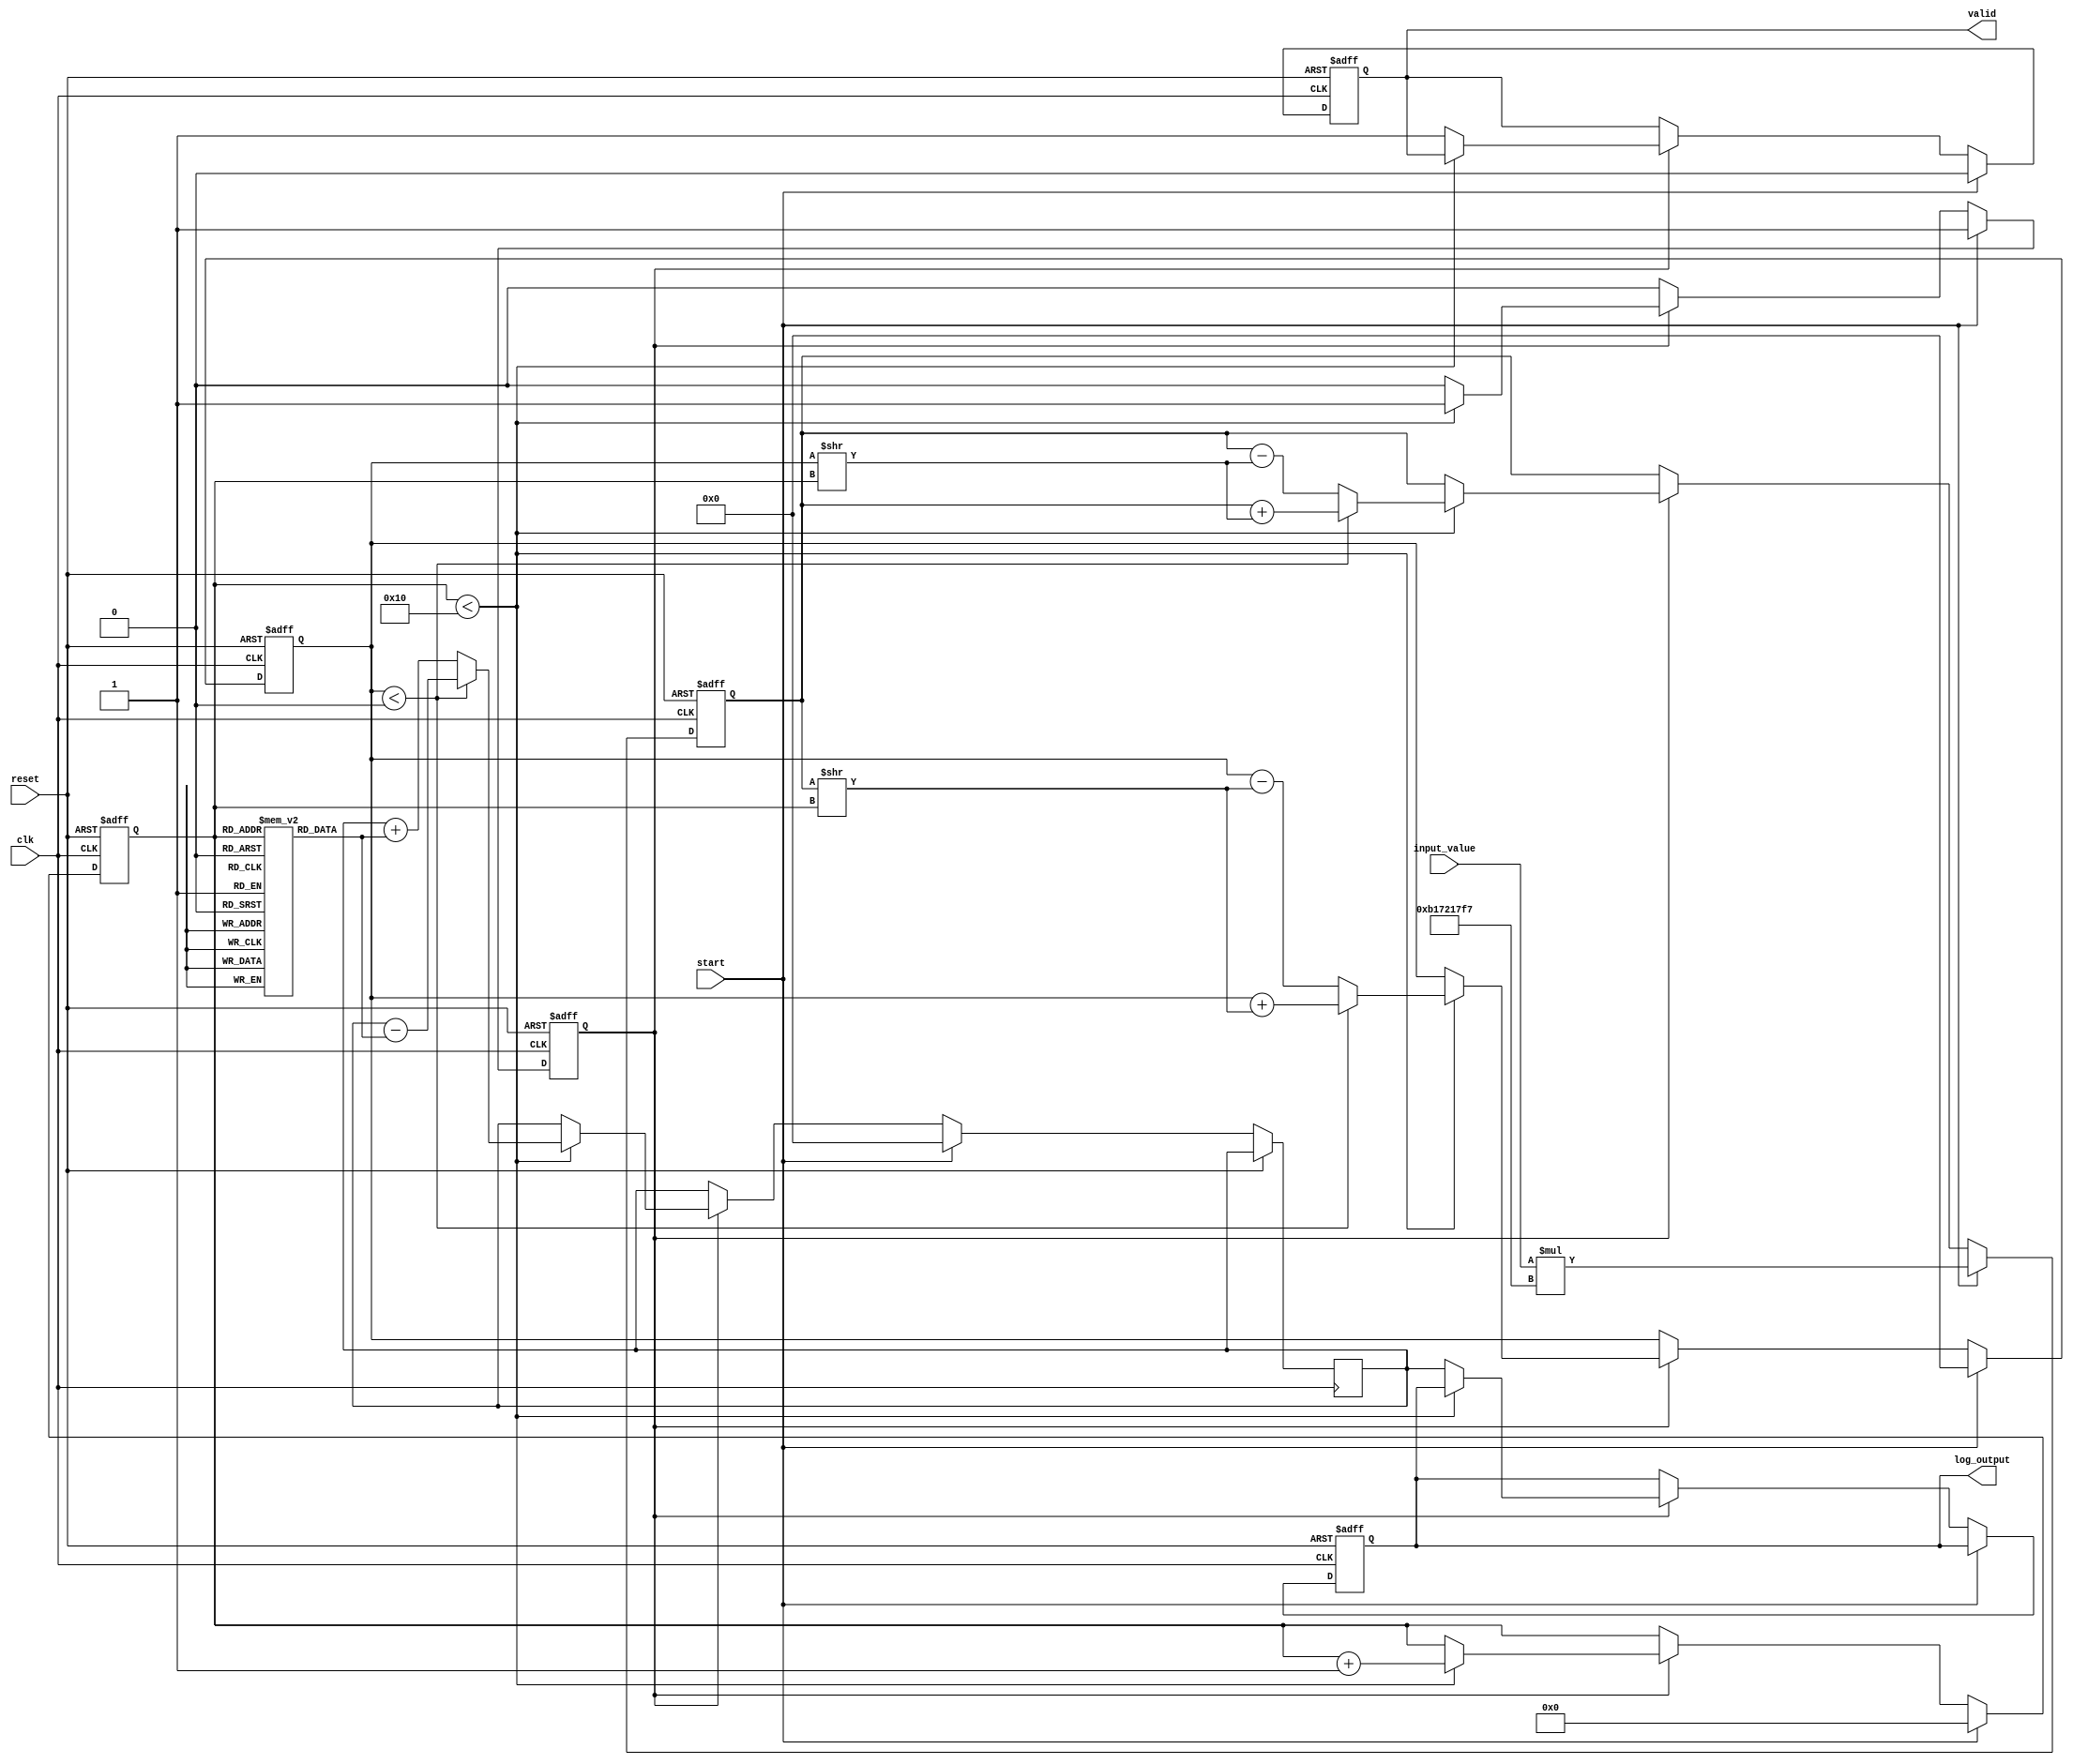
module cordic_logarithm (
    input clk,
    input reset,
    input start,
    input [31:0] input_value, // 32-bit fixed-point input
    output reg [31:0] log_output, // 32-bit fixed-point output
    output reg valid // Output valid signal
);

    // Parameters
    parameter MAX_ITER = 16; // Maximum number of iterations
    parameter ANGLE_WIDTH = 32; // Width for angle representation
    parameter CORDIC_GAIN = 32'hB17217F7; // Gain factor for CORDIC (approx. 0.607)

    // Internal registers and wires
    reg [31:0] x, y; // CORDIC coordinates
    reg [ANGLE_WIDTH-1:0] angle; // Current angle
    reg [3:0] iteration; // Iteration counter
    reg [31:0] angle_table [0:MAX_ITER-1]; // Angle lookup table
    reg processing; // Processing state

    // Initialize angle table with arctangent values
    initial begin
        angle_table[0] = 32'h0;        // atan(1)
        angle_table[1] = 32'h26DD3B6A; // atan(1/2)
        angle_table[2] = 32'h1D9F3D3B; // atan(1/4)
        angle_table[3] = 32'h1A626331; // atan(1/8)
        angle_table[4] = 32'h0FAD1B86; // atan(1/16)
        // Add more angles as needed...
    end

    // Control FSM
    always @(posedge clk or posedge reset) begin
        if (reset) begin
            iteration <= 0;
            x <= 0;
            y <= 0;
            log_output <= 0;
            valid <= 0;
            processing <= 0;
        end else begin
            if (start) begin
                // Initialization
                x <= input_value * CORDIC_GAIN; // Scale input
                y <= 32'h0; // Start with y=0
                angle <= 32'h0; // Start angle
                iteration <= 0;
                valid <= 0;
                processing <= 1;
            end else if (processing) begin
                // CORDIC Iterative Processing
                if (iteration < MAX_ITER) begin
                    if (y < 0) begin
                        // Rotate positively
                        x <= x + (y >> iteration);
                        y <= y + (x >> iteration);
                        angle <= angle - angle_table[iteration];
                    end else begin
                        // Rotate negatively
                        x <= x - (y >> iteration);
                        y <= y - (x >> iteration);
                        angle <= angle + angle_table[iteration];
                    end
                    iteration <= iteration + 1;
                end else begin
                    // Finalize output
                    log_output <= angle; // Output the computed logarithm
                    valid <= 1; // Indicate output is valid
                    processing <= 0; // Stop processing
                end
            end
        end
    end

endmodule